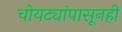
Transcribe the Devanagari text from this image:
चोयट्यांपासूनही